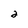
Character: 2